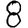
Digit: 8